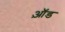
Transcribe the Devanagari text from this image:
ए़ड